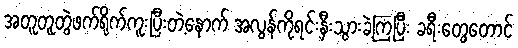
အတူတူတွဲဖက်ရိုက်ကူးပြီးတဲ့နောက် အလွန်ကိုရင်းနှီးသွားခဲ့ကြပြီး ခရီးတွေတောင်